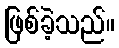
ဖြစ်ခဲ့သည်။